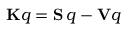
\mathbf { K } q = \mathbf { S } \, q - \mathbf { V } q